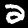
Digit: 2